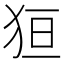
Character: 狟